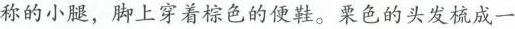
称的小腿，脚上穿着棕色的便鞋。栗色的头发梳成一